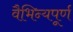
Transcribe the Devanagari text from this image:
वैभिन्यपूर्ण